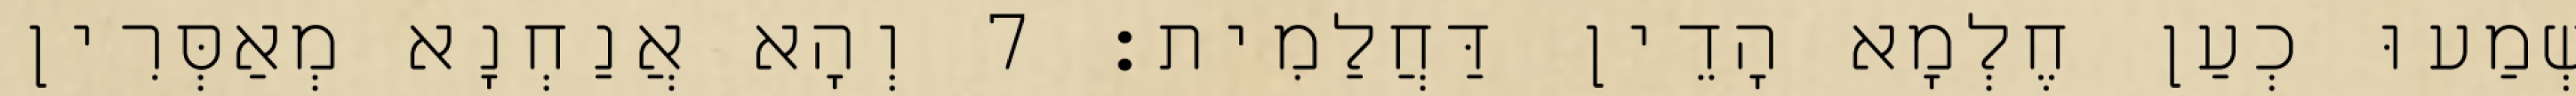
שְׁמַעוּ כְעַן חֶלְמָא הָדֵין דַּחֲלַמִית׃ 7 וְהָא אֲנַחְנָא מְאַסְּרִין